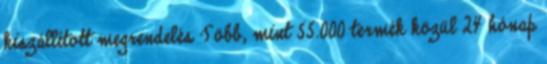
kiszállított megrendelés Több, mint 55.000 termék közül 24 hónap